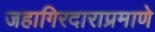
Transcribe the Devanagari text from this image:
जहागिरदाराप्रमाणे